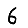
Digit: 6